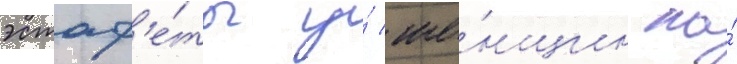
эстаф'е́ты у́ же́нщин на́